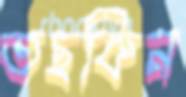
তছকিন